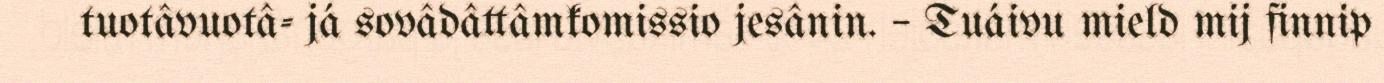
tuotâvuotâ- já sovâdâttâmkomissio jesânin. – Tuáivu mield mij finnip